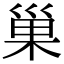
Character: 巢